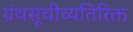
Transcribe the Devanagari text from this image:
ग्रंथसूचीव्यतिरिक्त